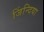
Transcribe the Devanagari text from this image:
जिंन्दिया